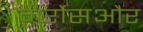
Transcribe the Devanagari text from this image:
गर्रोसऔर